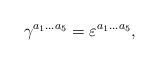
\begin{align*}\gamma^{a_1\ldots a_5}=\varepsilon^{a_1\ldots a_5},\end{align*}